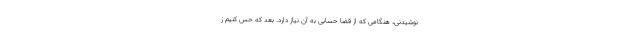
نوشیدنی، هنگامی که از قضا حسابی به آن نیاز دارد. بعد که حس کنیم ز